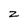
Character: z